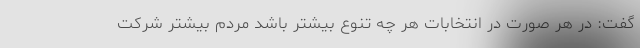
گفت: در هر صورت در انتخابات هر چه تنوع بیشتر باشد مردم بیشتر شرکت